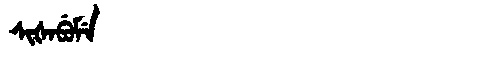
Manchu: ᠰᡳᡧᠠᠪᡠᠮᡝ
Romanization: SIŠABUME